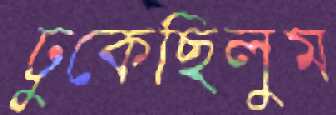
ঢুকেছিলুম